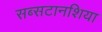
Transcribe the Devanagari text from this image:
सब्सटानशिया